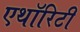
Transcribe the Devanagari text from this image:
एथॉरिटी